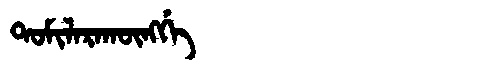
Manchu: ᡨᠣᠮᡳᠯᠠᡵᠠᡴᡡᠩᡤᡝ
Romanization: TOMILARAKŪNGGE